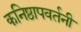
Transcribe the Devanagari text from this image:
कनिष्ठापवर्तनी